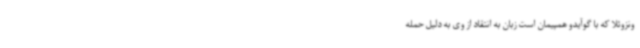
ونزوئلا که با گوآیدو همپیمان است زبان به انتقاد از وی به دلیل حمله